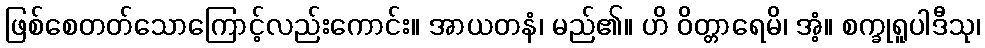
ဖြစ်စေတတ်သောကြောင့်လည်းကောင်း။ အာယတနံ၊ မည်၏။ ဟိ ဝိတ္တာရေမိ၊ အံ့။ စက္ခုရူပါဒီသု၊